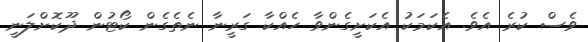
ވެސް ކުރެ އެވެ. އެކަމަކު އެކަށީގެންވާ ހެއްކާ ގަރީނާ ނެތެގެން ކޯޓުން ދޫކޮށްލަނީ